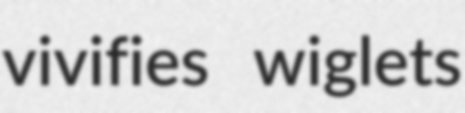
vivifies wiglets